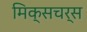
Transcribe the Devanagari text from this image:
मिक्सचर्स